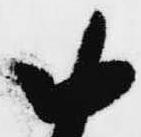
お